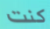
كنت